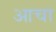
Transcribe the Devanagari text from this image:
आचा